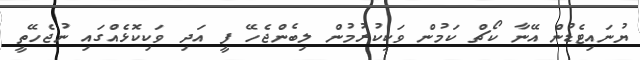
ޔުނައިޓެޑުން އޭނާ ކޯޗް ކަމުން ވަކިކުރުމުން ލިބެންޖެހޭ ފީ އަދި ވަކިކޮޅެއްގައި ނުޖެހޭތީ